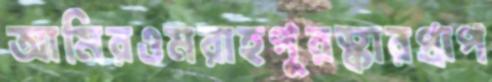
আমিরওমরাহপুরস্কারপ্রাপ